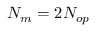
N _ { m } = 2 N _ { o p }